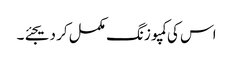
اس کی کمپوزنگ مکمل کر دیجئے۔